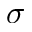
\sigma